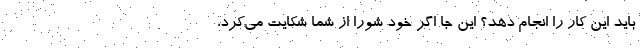
باید این کار را انجام دهد؟ این جا اگر خود شورا از شما شکایت می‌کرد،